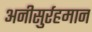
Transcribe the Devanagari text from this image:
अनीसुर्रहमान